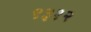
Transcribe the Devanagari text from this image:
९३१२